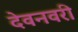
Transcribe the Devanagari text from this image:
देवनवरी